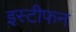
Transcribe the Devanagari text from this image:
इस्टीफन